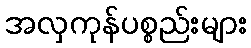
အလှကုန်ပစ္စည်းများ